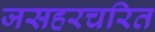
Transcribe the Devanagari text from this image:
जसहरचरित